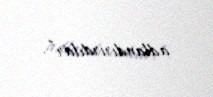
adlandırırdılar”.